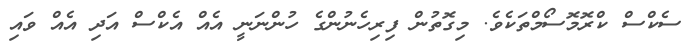
ސެކްސް ކްރޮމޮސޯމްތަކެވެ. މިގޮތުން ފިރިހެނުންގެ ހުންނަނީ އެއް އެކްސް އަދި އެއް ވައި